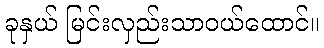
ခုနှယ် မြင်းလှည်းသာဝယ်ထောင်။